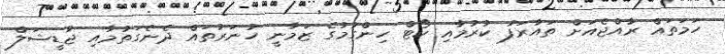
ހަމަތައް ރާއްޖެއަށް ތައާރަފު ކުރުމާއި ކޯޓް ހިންގުމުގެ ޒަމާނީ ހުނަރުތައް ދެނެގަތުމާއި ޖުޑީޝަލް